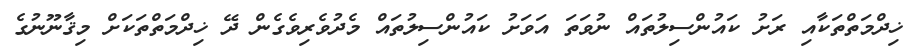
ޚިދްމަތްތަކާއި ރަށު ކައުންސިލުތައް ނުވަތަ އަވަށު ކައުންސިލުތައް މެދުވެރިވެގެން ދޭ ޚިދްމަތްތަކަށް މިޤާނޫނުގެ